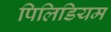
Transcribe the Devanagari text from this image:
पिलिडियम